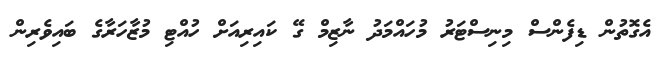
އެގޮތުން ޑިފެންސް މިނިސްޓަރު މުހައްމަދު ނާޒިމް ގޭ ކައިރިއަށް ހުއްޓި މުޒާހަރާގެ ބައިވެރިން